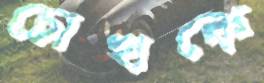
চোখকে